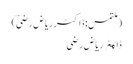
(ملتمس: ڈاکٹر ریاض رضیؔ)
ڈاکـٹر ریاض رضی